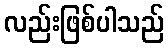
လည်းဖြစ်ပါသည်